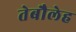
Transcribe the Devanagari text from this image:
तेबौलेह